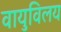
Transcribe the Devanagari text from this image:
वायुविलय